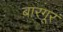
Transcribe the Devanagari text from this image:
बारगूर